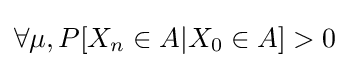
\forall \mu ,P[X_{n}\in A|X_{0}\in A]>0